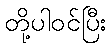
တို့ပါဝင်ပြီး